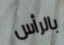
بالرأس